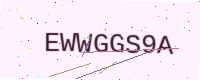
Text: EWWGGS9A